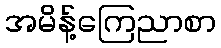
အမိန့်ကြေညာစာ